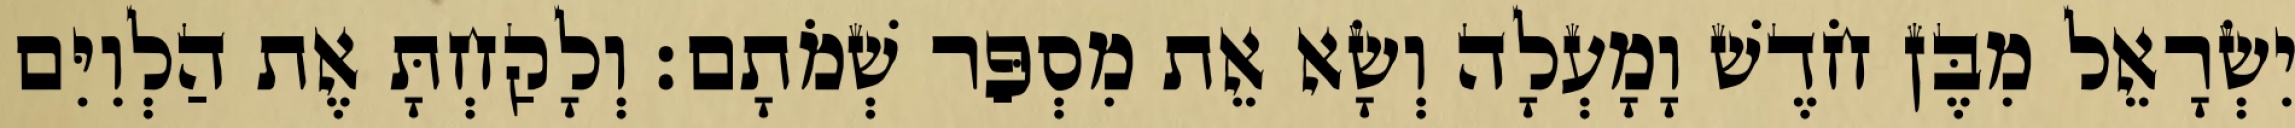
יִשְׂרָאֵל מִבֶּן חֹדֶשׁ וָמָעְלָה וְשָׂא אֵת מִסְפַּר שְׁמֹתָם׃ וְלָקַחְתָּ אֶת הַלְוִיִּם